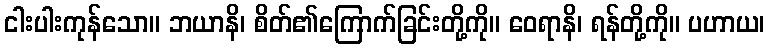
ငါးပါးကုန်သော။ ဘယာနိ၊ စိတ်၏ကြောက်ခြင်းတို့ကို။ ဝေရာနိ၊ ရန်တို့ကို။ ပဟာယ၊